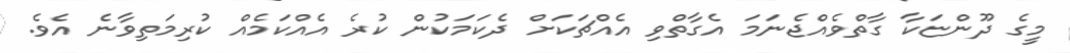
މީގެ ދޫންޏަކާ ގާތްވެއްޖެނަމަ އެގާތްވި އެއްޗަކަށް ދެކަމަކުން ކުރެ އެއްކަމެއް ކުރިމަތިވާނެ އެވެ.